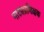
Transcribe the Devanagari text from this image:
नाट्यप्रशिक्षक